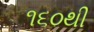
૧૬૦થી